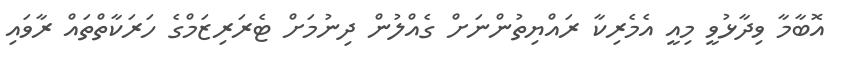
އޮބާމާ ވިދާޅުވީ މިއީ އެމެރިކާ ރައްޔިތުންނަށް ގެއްލުން ދިނުމަށް ޓެރަރިޒަމްގެ ހަރަކާތްތައް ރާވައި